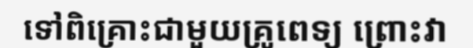
ទៅពិគ្រោះជាមួយគ្រូពេទ្យ ព្រោះវា